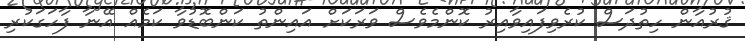
ޤުރުއާން ހިތުދަސް ކުރެވިފައިވާއިރު ކޮންމެވެސް ވަރަކަށް އައިންތު ކަންބޮޑުވާ ކަމެއް އޭނާ ފާހަގަކުރި